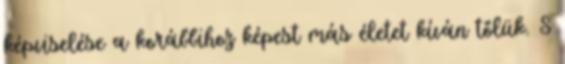
képviselése a korábbihoz képest más életet kíván tőlük. S